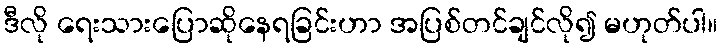
ဒီလို ရေးသားပြောဆိုနေရခြင်းဟာ အပြစ်တင်ချင်လို၍ မဟုတ်ပါ။